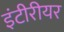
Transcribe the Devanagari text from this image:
इंटीरीयर